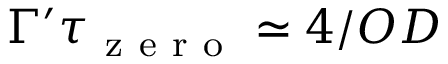
\Gamma ^ { \prime } \tau _ { \mathrm { ~ z ~ e ~ r ~ o ~ } } \simeq 4 / O D